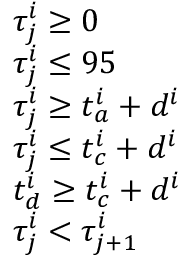
\begin{array} { r l } & { \tau _ { j } ^ { i } \geq 0 } \\ & { \tau _ { j } ^ { i } \leq 9 5 } \\ & { \tau _ { j } ^ { i } \geq t _ { a } ^ { i } + d ^ { i } } \\ & { \tau _ { j } ^ { i } \leq t _ { c } ^ { i } + d ^ { i } } \\ & { t _ { d } ^ { i } \geq t _ { c } ^ { i } + d ^ { i } } \\ & { \tau _ { j } ^ { i } < \tau _ { j + 1 } ^ { i } } \end{array}